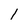
Character: 1